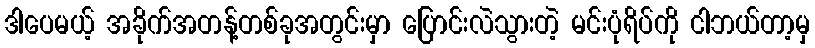
ဒါပေမယ့် အခိုက်အတန့်တစ်ခုအတွင်းမှာ ပြောင်းလဲသွားတဲ့ မင်းပုံရိပ်ကို ငါဘယ်တာ့မှ